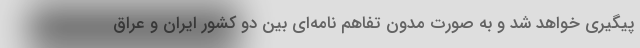
پیگیری خواهد شد و به صورت مدون تفاهم نامه‌ای بین دو کشور ایران و عراق